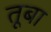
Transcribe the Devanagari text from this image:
तूबा